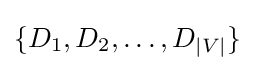
\{D_{1},D_{2},\dots ,D_{|V|}\}